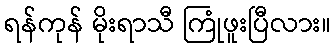
ရန်ကုန် မိုးရာသီ ကြုံဖူးပြီလား။